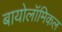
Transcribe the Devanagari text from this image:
बायोलॉमिकल